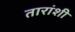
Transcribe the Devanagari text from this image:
तारांशी